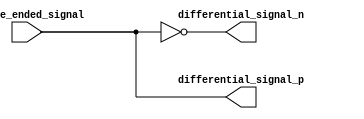
module differential_buffer (
    input wire single_ended_signal,
    output wire differential_signal_p,
    output wire differential_signal_n
);

assign differential_signal_p = single_ended_signal;
assign differential_signal_n = ~single_ended_signal;

endmodule